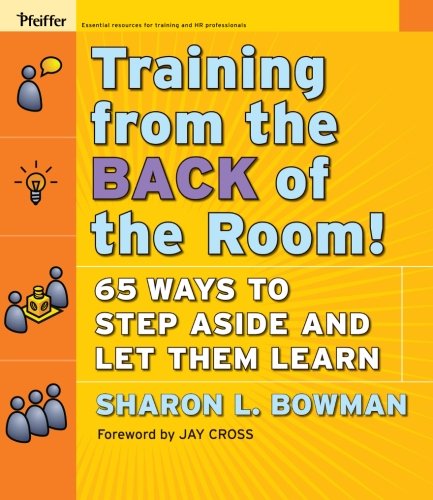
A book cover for Training From the Back of the Room!: 65 Ways to Step Aside and Let Them Learn; Sharon L. Bowman; Business & Money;